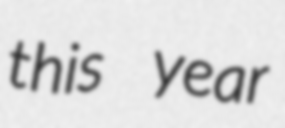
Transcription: this year